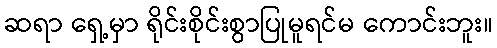
ဆရာ ရှေ့မှာ ရိုင်းစိုင်းစွာပြုမူရင်မ ကောင်းဘူး။